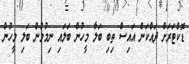
ޑޮކްޓަރަށް ދައްކަން އައިސް ތިބި ބަލާ މީހުން ބަލައި ނިމުމުން ބަލި މީހުން